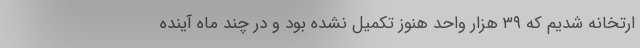
ارتخانه شدیم که ۳۹ هزار واحد هنوز تکمیل نشده بود و در چند ماه آینده